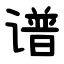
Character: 谱